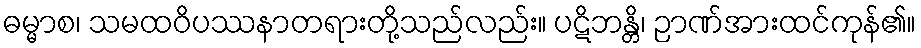
ဓမ္မာစ၊ သမထဝိပဿနာတရားတို့သည်လည်း။ ပဋိဘန္တိ၊ ဉာဏ်အားထင်ကုန်၏။